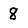
Character: 8